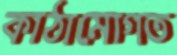
কাঠামোগত